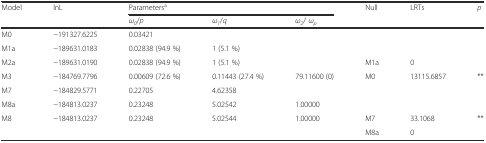
<table><thead><tr><td rowspan="2"><b>Model</b></td><td rowspan="2"><b>lnL</b></td><td colspan="3"><b>Parameters<sup>a</sup></b></td><td rowspan="2"><b>Null</b></td><td rowspan="2"><b>LRTs</b></td><td rowspan="2"><b><i>p</i></b></td></tr><tr><td><b><i>ω</i><sub><i>0</i></sub>/<i>p</i></b></td><td><b><i>ω</i><sub><i>1</i></sub>/<i>q</i></b></td><td><b><i>ω</i><sub><i>2</i></sub>/ <i>ω</i><sub><i>p</i></sub></b></td></tr></thead><tbody><tr><td>M0</td><td>−191327.6225</td><td>0.03421</td><td></td><td></td><td></td><td></td><td></td></tr><tr><td>M1a</td><td>−189631.0183</td><td>0.02838 (94.9 %)</td><td>1 (5.1 %)</td><td></td><td></td><td></td><td></td></tr><tr><td>M2a</td><td>−189631.0190</td><td>0.02838 (94.9 %)</td><td>1 (5.1 %)</td><td></td><td>M1a</td><td>0</td><td></td></tr><tr><td>M3</td><td>−184769.7796</td><td>0.00609 (72.6 %)</td><td>0.11443 (27.4 %)</td><td>79.11600 (0)</td><td>M0</td><td>13115.6857</td><td>**</td></tr><tr><td>M7</td><td>−184829.5771</td><td>0.22705</td><td>4.62358</td><td></td><td></td><td></td><td></td></tr><tr><td>M8a</td><td>−184813.0237</td><td>0.23248</td><td>5.02542</td><td>1.00000</td><td></td><td></td><td></td></tr><tr><td>M8</td><td>−184813.0237</td><td>0.23248</td><td>5.02544</td><td>1.00000</td><td>M7</td><td>33.1068</td><td>**</td></tr><tr><td></td><td></td><td></td><td></td><td></td><td>M8a</td><td>0</td><td></td></tr></tbody></table>